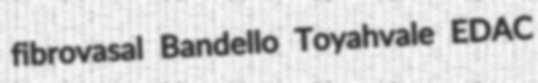
fibrovasal Bandello Toyahvale EDAC